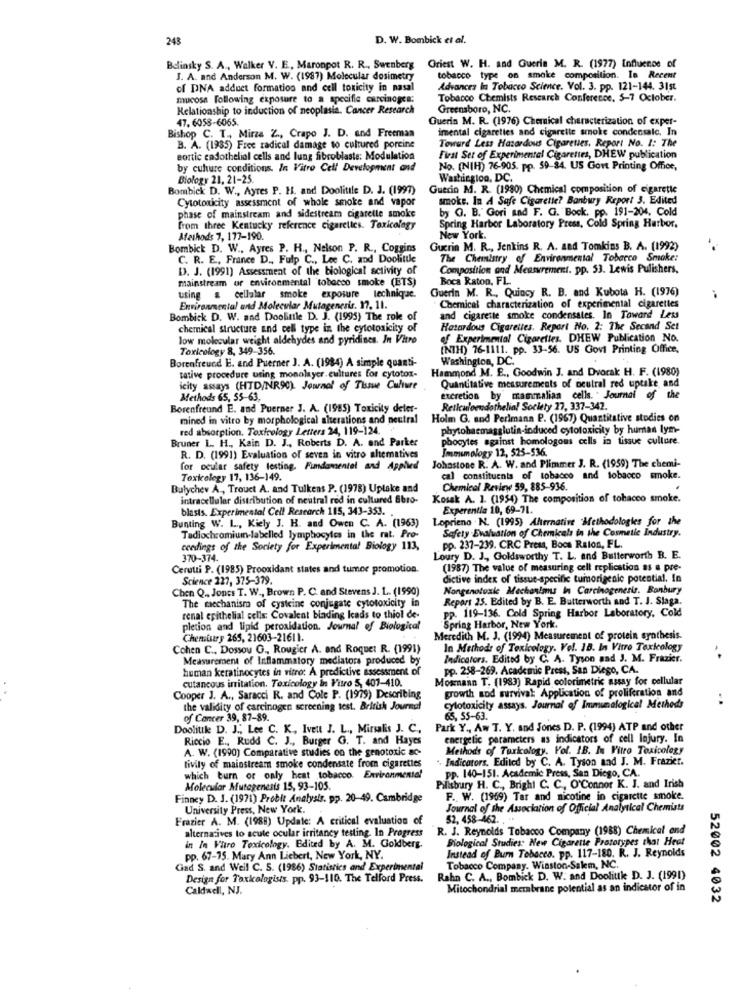
243
D. W. Bombick et al.
Belinsky S. A ., Walker V. E, Maronpot R. R ., Swenberg Griest W. H. and Guerin M. R. (1977) Influence of
J. A. and Anderson M. W. (1987) Molecular dosimetry
tobacco type on smoke composition. In Recent
of DNA adduct formation and cell toxicity in nasal
Advances In Tobacco Science. Vol. 3. pp. 121-144. 31st
mucosa Following exposure to a specific carcinoges:
Tobacco Chemists Research Conference. 5-7 October.
Relationship to induction of neoplasia. Cancer Research
Greensboro, NC.
47. 6058-6065.
Guerin M. R. (1976) Chemical characterization of exper-
imental cigarettes and cigarette smoke condessale. In
Bishop C. T ., Mirza Z ., Crapo J. D. and Freeman
Toward Less Hazardous Cigarettes. Report No. 1: The
B. A. (1985) Free radical damage to cultured porcine
aortic cadothelial cells and lung fibroblaste: Modulation
First Set of Experimental Cigarettes, DHEW publication
by culture conditions. In Vitro Cell Development and
No. (NIH) 76-905. pp. 59-84. US Govt Printing Office,
Biology 21, 21-25.
Washington, DC.
Bombick D. W ., Ayres P. H. and Doolittle D. J. (1997)
Guerin M. R. (1980) Chemical composition of cigarette
Cytotoxicity assessment of whole smoke and vapor
smoke. In A Safe Cigarette? Banbury Report 3. Edited
by O. B.' Gori and F. G. Bock. pp. 191-204, Cold
phase of mainstream and sidestream cigarette smoke
from three Kentucky reference cigarettes. Toxicology
Spring Harbor Laboratory Press, Cold Spring Harbor.
Methods 7, 177-190.
New York.
Bombick D. W ., Ayres P. H ., Nelson P. R ., Coggins
Guerin M. R ., Jenkins R. A. and Tomkins B. A. (1992)
C. R. E. France D ., Fulp C ., Lee C. and Doolittle
The Chemistry of Environmental Tobacco Smake:
D. J. (1991) Assessment of the biological activity of
Composition and Measurement. pp. 53. Lewis Pulishers,
mainstream or environmental tobacco smoke (ETS)
Boca Raton, FL.
Guerin M. R ., Quincy R. B. and Kubota H. (1976)
using a cellalar smoke exposure technique.
Environmental and Molecular Mutagenesis. 17. 11.
Chemical characterization of experimental cigarettes
Bombick D. W. and Doolinle D. J. (1995) The role of
and cigarette smoke condensates. In Toward Les
chemical structure and cell type in the cytotoxicity of
Hazardous Cigarettes. Report No. 2: The Second Set
low molecular weight aldehydes and pyridines. In Vitro
of Experimental Cigarettes. DHEW Publication No.
Toxicology 8, 349-356.
(NTH) 76-1111. pp. 33-56. US Govi Printing Office,
Borenfreund E. and Puerner J. A. (1984) A simple quanti-
Washington, DC.
Hammond M. E ., Goodwin J. and Dvorak H. F. (1980)
tative procedure using monolayer.cultures for cytotox-
icity assays (HTD/NR90). Journal of Tissue Culture
Quantitative measurements of neutral red uptake and
Methods 65, 55-63,
excretion by mammalian cells. . Journal of the
Borenfreund E. and Puerner 3. A. (1985) Toxicity deler-
Reticulomudothelia! Society 27, 337-342.
mined in vitro by morphological alterations and neutral
Holm G. and Perlmann P. (1967) Quantitative studies on
red absorption. Toxicology Letters 24, 119-124.
phytohaemagglutin-induced cytotoxicity by human lym-
phocytes against homologous cells in tissue culture.
Bruner L. H ., Kain D. J ., Roberts D. A. and Parker
Immunology 12, 525-536.
R. D. (1991) Evaluation of seven in vitro altematives
for ocular safety testing. Fundamental and Applied
Johastone R. A. W. and Plimmer J. R. (1959) The chemi-
Toxicelegy 17, 136-149.
cal constituents of tobacco and tobacco smoke.
Bulychev A ., Trouet A. and Tulkens P. (1978) Uptake and
Chemical Review 59, 885-936
intracellular distribution of neutral red in cultured Ebro-
Kosak A. 1. (1954) The composition of tobacco smoke.
blasts. Experimental Cell Research 115, 343-353. .
Experentia 10, 69-71.
Loprieno . N. (1995) Alternative Methodologies for the
Bunting W. L ., Kiely J. H. and Owen C. A. (1963)
Safety Evaluation of Chemicals in the Cosmetic Industry.
Tadlochromium-labelled lymphocytes in the rat. Pro-
ceedings of the Society for Experimental Biology 113,
pp. 237-239. CRC Press, Boca Raton, FL.
370-374.
Loury D. J ., Goldsworthy T. L. and Butterworth B. E.
Cerutti P. (1985) Prooxidant states and tumor promotion.
(1987) The value of measuring cell replication as a pre-
Science 227, 375-379.
dictive index of tissue-specific tumorigenic potential. In
Chen Q .. Jones T. W ., Brown P. C. and Stevens J. L. (1990)
Nongenotoxic Mechanims In Carcinogenesis. Banbury
Report 25. Edited by B. E. Butterworth and T. J. Slaga.
The mechanism of cysteine conjugate cytotoxicity in
renal epithelial cells: Covalent binding leads to thiol de-
pp. 119-136. Cold Spring Harbor Laboratory, Cold
pletion and lipid peroxidation. Journal of Biological
Spring Harbor, New York.
Chemistry 265, 21603-21611.
Meredith M. J. (1994) Measurement of protein synthesis.
Cohen C ., Dossou G ., Rougier A. and Roquet R. (1991)
In Methods of Toxicology. Vol. 18. In Vitro Toxicology
Measurement of Inflammatory mediators produced by
Indicators. Edited by C. A. Tyson and J. M. Frazier.
human keratinocytes in vitro: A predictive assessment of
pp. 258-269. Academic Press, San Diego, CA.
cutaneous irritation. Toxicology In Vitro 5, 407-410.
Mownann T. (1983) Rapid colorimetric assay for cellular
growth and survival: Application of proliferation and
Cooper J. A ., Saracci R. and Cole P. (1979) Describing
the validity of carcinogen screening test. British Journal
cylotoxicity assays. Journal of Immunological Methods
of Cancer 39, 87-89.
65, 55-63.
Doolittle D. J ., Lee C. K. Iveut J. L ., Mirsalis J. C .,
Park Y ., Aw T. Y. and Jones D. P. (1994) ATP and other
Riccio E ., Rudd C. J ., Burger G. T. and Hayes
energetic parameters as indicators of cell Injury. In
A. W. (1990) Comparative studies on the genotoxic so-
Methods of Taxkology. Vol. IB. In Vitro Toxicology
. Indicators, Edited by C. A. Tyson and J. M. Frazier.
tivily of mainstream smoke condensate from cigarettes
which burn or only heat tobacco. Environmental
pp. 140-151. Academic Press, San Diego, CA.
Molecular Mutagenesis 15, 93-105.
Pillsbury H. C ., Bright C. C ., O'Connor K. J. and Irish
Finney D. J. (1971) Probit Analysis. pp. 20-49. Cambridge
F. W. (1969) Tar and nicotine in cigarette smoke.
University Press, New York.
Journal of the Association of Official Analytical Chemists
Frazier A. M. (1988) Update: A critical evaluation of
52, 458-462. . "
R. J. Reynolds Tobacco Company (1988) Chemical and
alternatives to acute ocular irritancy testing. In Progress
Biological Studies. New Cigarette Prototypes that Heat
in In Vitro Toxicology. Edited by A. M. Goldberg.
pp. 67-75. Mary Ann Liebert, New York, NY.
Instead of Burn Tobacco. pp. 117-180. R. J. Reynolds
Gad S. and Weil C. S. (1986) Statistics and Experimental
Tobacco Company. Winston-Salem, NC.
Design for Taxkologists. pp. 93-110. The Telford Press.
Rahn C. A ., Bombick D. W. and Doolittle D. J. (1991)
Caldwell, NJ.
Mitochondrial merabrane potential as an indicator of in
52002 4032